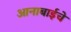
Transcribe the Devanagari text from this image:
आनाबाईचे